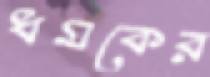
ধমকের